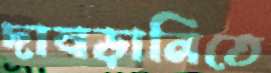
দাবড়ানিতে